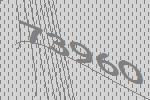
73960